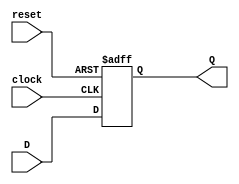
module dFlipFlop(D, Q, clock, reset);
	input D, clock, reset;
	output reg Q;
	
	always@(posedge clock, negedge reset)
		begin 
			if(reset == 0)
				Q <= 0;
			else
				Q = D;
		end
endmodule